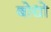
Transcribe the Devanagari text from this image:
बोधो